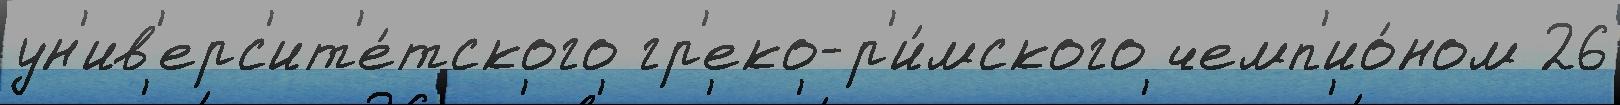
ун'ив'ерс'ит'е́тского гр'еко-р'и́мского чемп'ио́ном 26